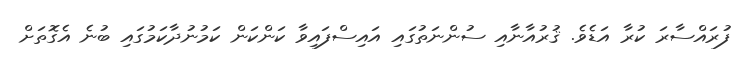
ފުރައްސާރަ ކުރާ އަޑެވެ. ޤުރުއާނާއި ސުންނަތުގައި އައިސްފައިވާ ކަންކަން ކަމުނުދާކަމުގައި ބުނެ އެގޮތަށް